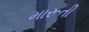
મારૂતી